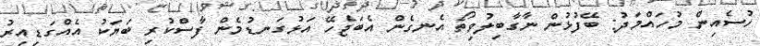
ހުސެއިން މުހައްމަދު: ބޭފުޅުން ނާގާބިލުވިތޯ އެނގެން އެބަޖެހޭ އަޅުގަނޑުމެން ފާސްކުރި ބަޔަކު އެއްގަޑިއިރު